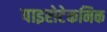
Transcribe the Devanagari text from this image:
पाइरोटेकनिक